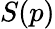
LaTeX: S(p)